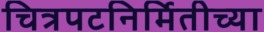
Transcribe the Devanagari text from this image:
चित्रपटनिर्मितीच्या